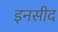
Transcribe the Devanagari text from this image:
इनसीद